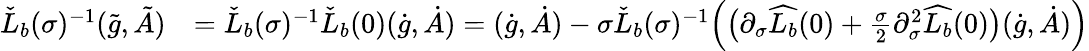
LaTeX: \begin{array}{rl}{\check{L}_{b}(\sigma)^{-1}(\tilde{g},\tilde{A})}&{=\check{L}_{b}(\sigma)^{-1}\check{L}_{b}(0)(\dot{g},\dot{A})=(\dot{g},\dot{A})-\sigma\check{L}_{b}(\sigma)^{-1}\Big(\big(\partial_{\sigma}\widehat{L_{b}}(0)+\frac{\sigma}{2}\partial_{\sigma}^{2}\widehat{L_{b}}(0)\big)(\dot{g},\dot{A})\Big)}\end{array}